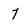
Character: 7